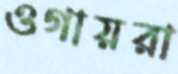
ওগায়রা